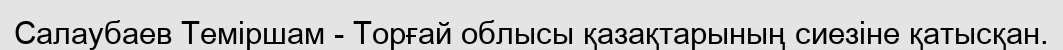
Салаубаев Теміршам - Торғай облысы қазақтарының сиезіне қатысқан.